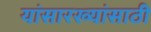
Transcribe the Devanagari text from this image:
यांसारख्यांसाठी